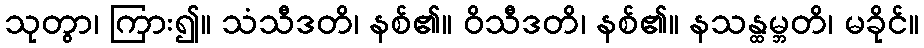
သုတွာ၊ ကြား၍။ သံသီဒတိ၊ နစ်၏။ ဝိသီဒတိ၊ နစ်၏။ နသန္ထမ္ဘတိ၊ မခိုင်။